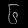
Digit: ၆